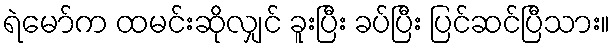
ရဲမော်က ထမင်းဆိုလျှင် ခူးပြီး ခပ်ပြီး ပြင်ဆင်ပြီသား။